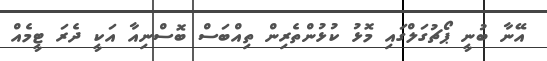
އޭނާ ބުނީ ޕޯޗުގަލްގައި މޮޅު ކުޅުންތެރިން ތިއްބަސް ބޮސްނިއާ އަކީ ދެރަ ޓީމެއް